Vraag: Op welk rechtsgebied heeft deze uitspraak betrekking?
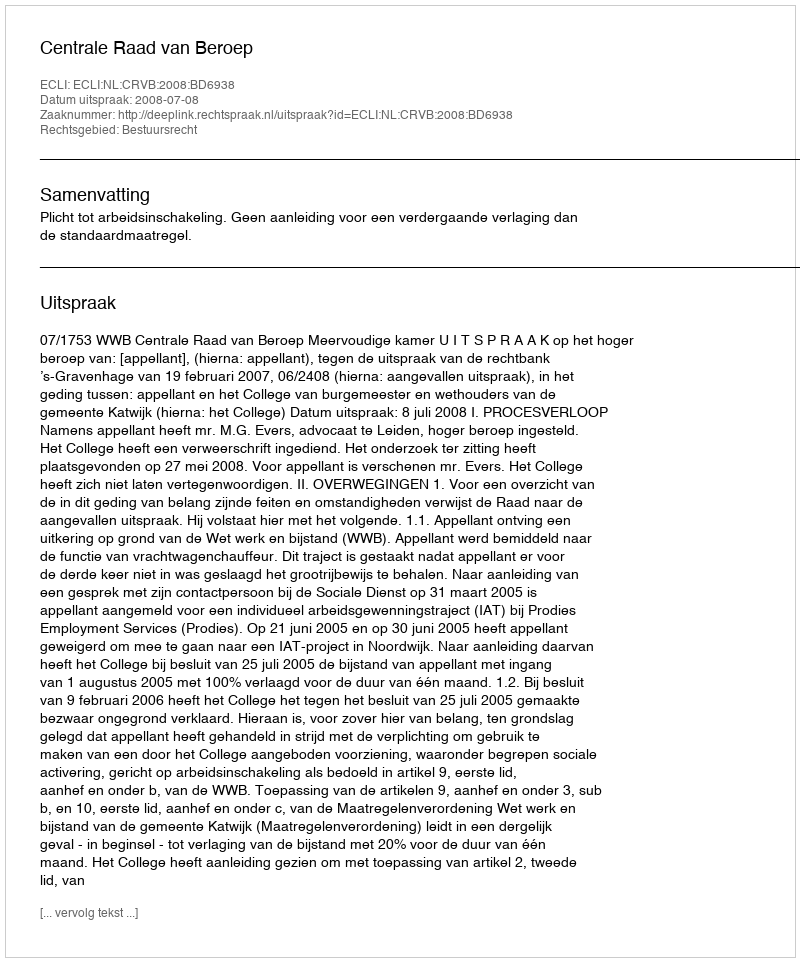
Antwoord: Bestuursrecht